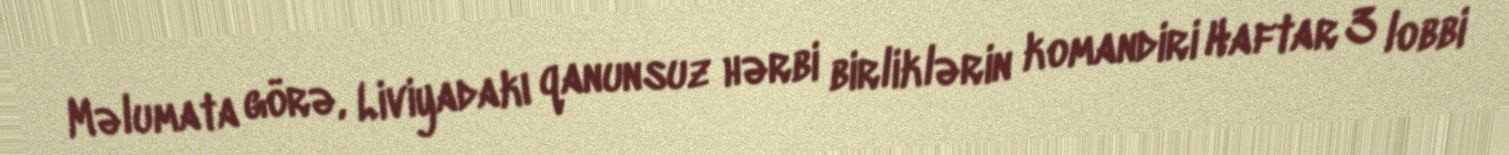
Məlumata görə, Liviyadakı qanunsuz hərbi birliklərin komandiri Haftar 3 lobbi